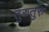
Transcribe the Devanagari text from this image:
तुरुतुरु